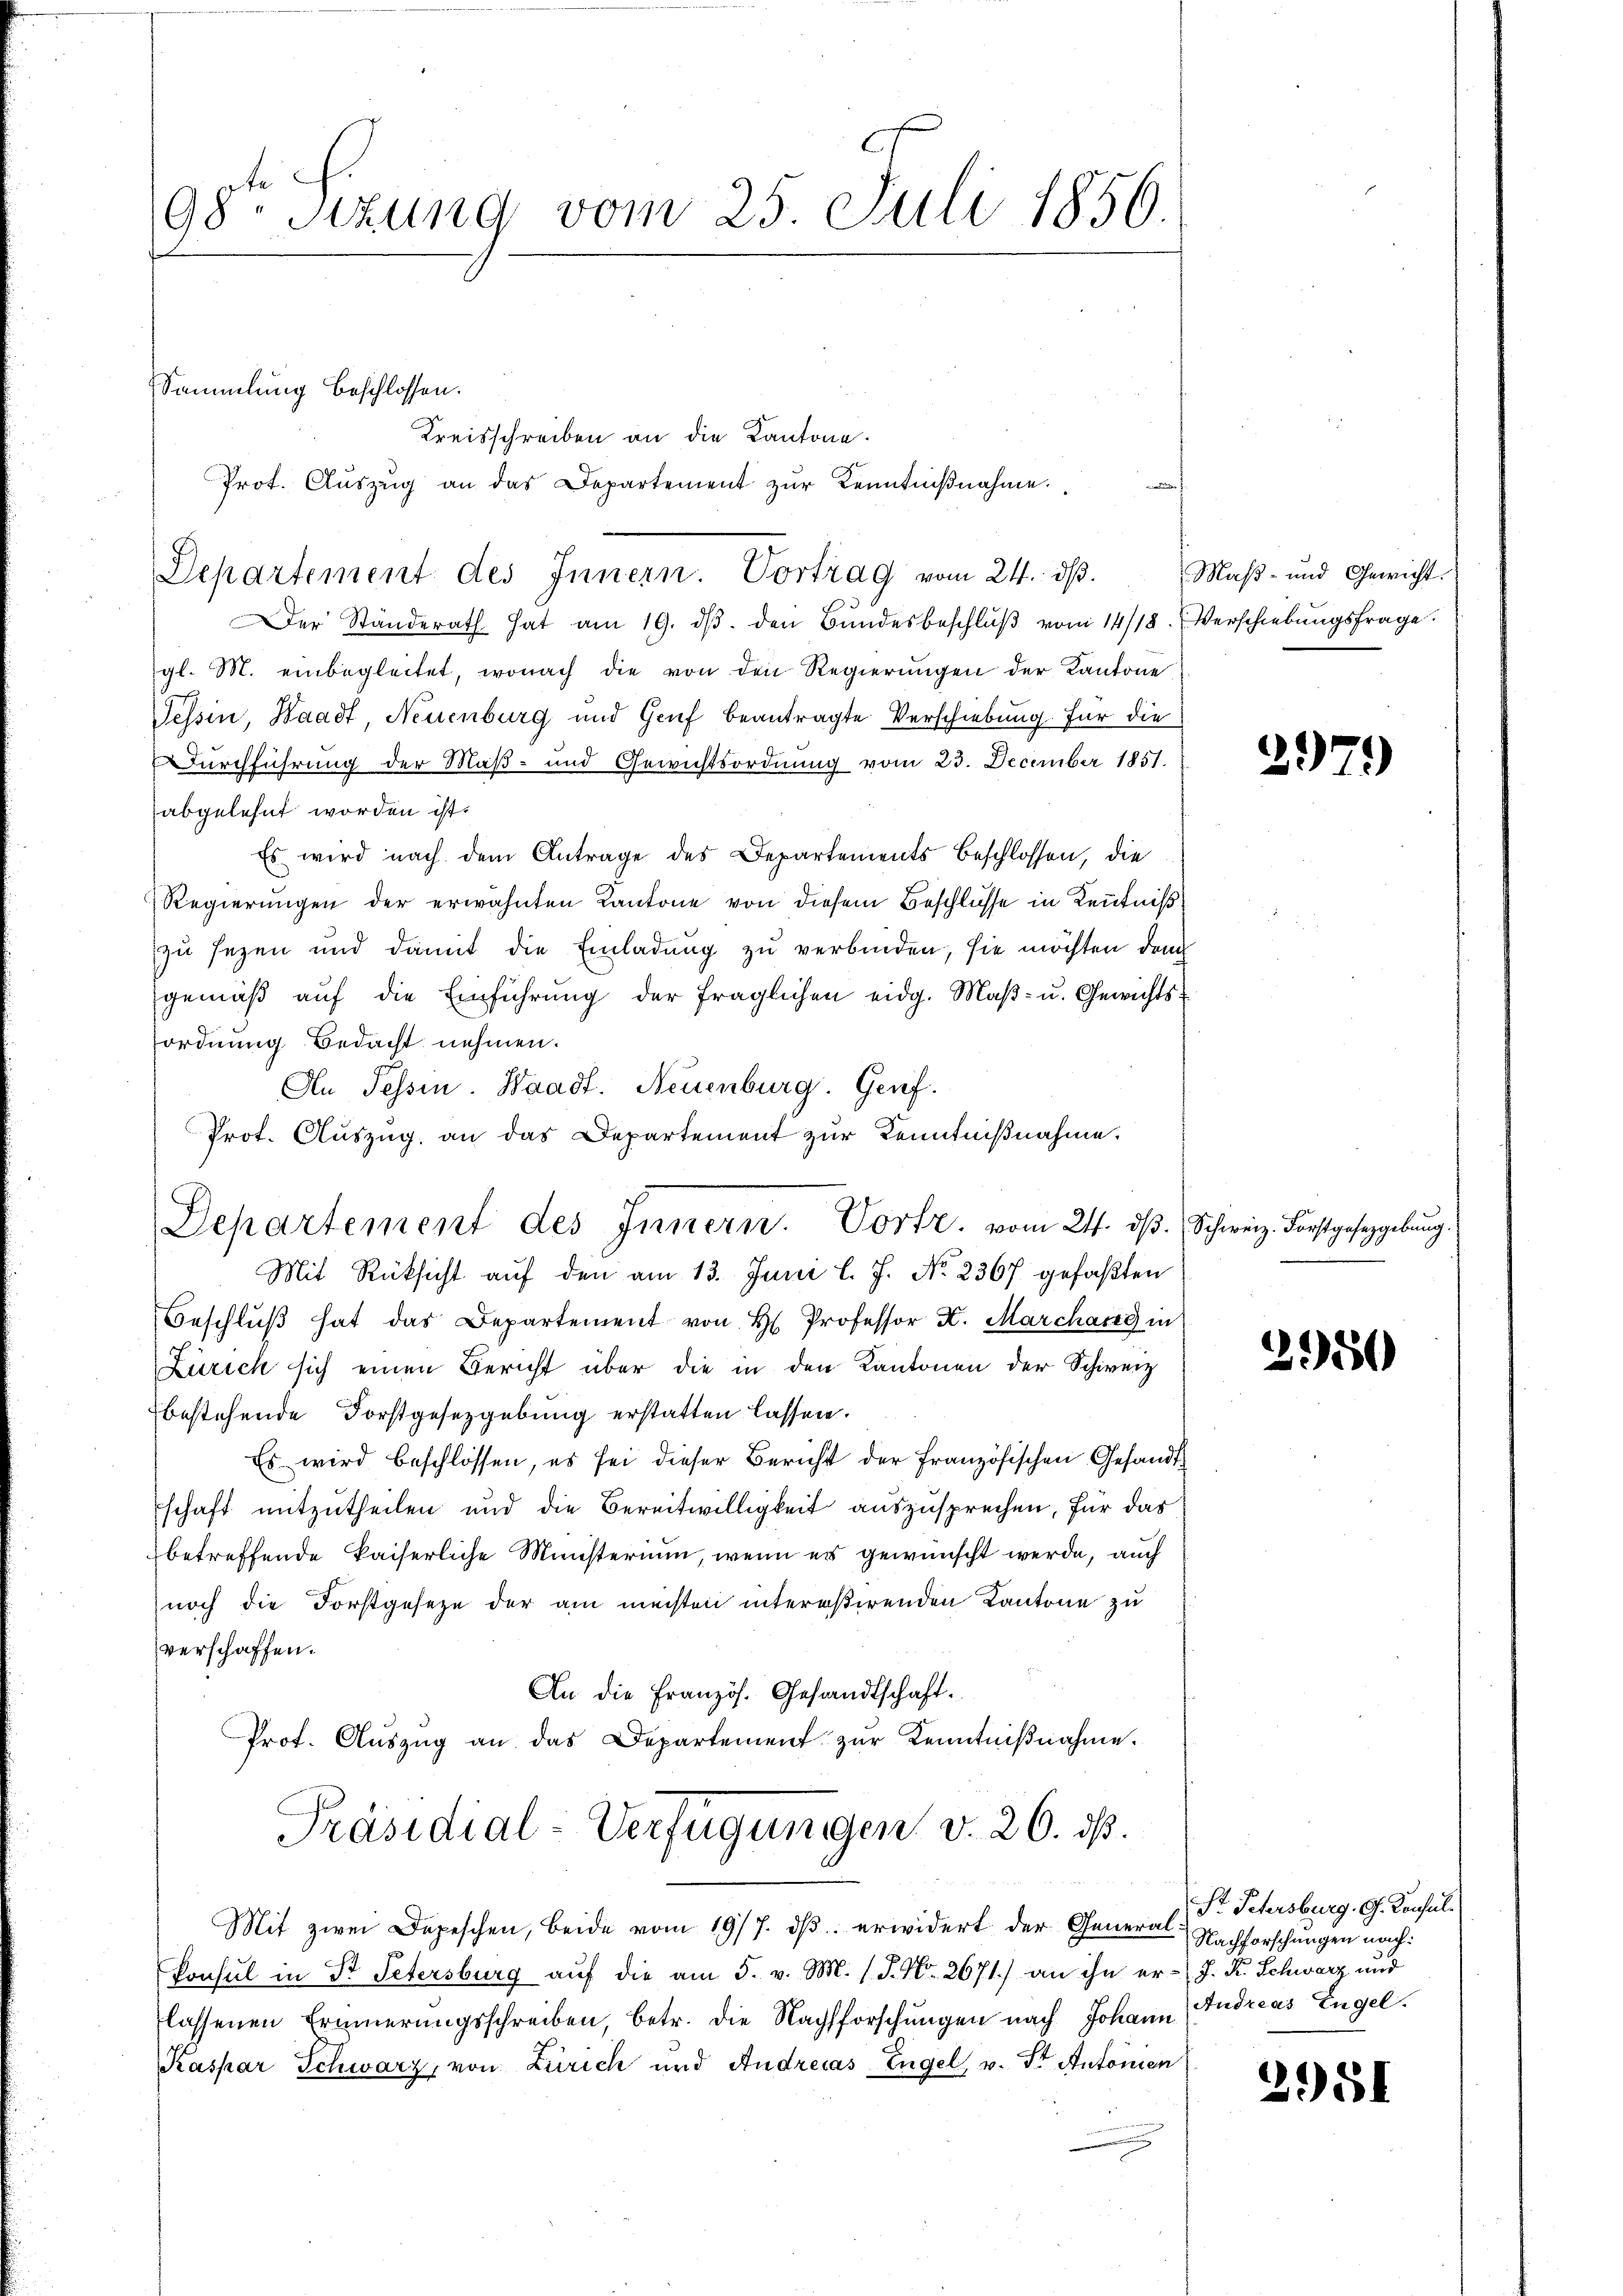
98. Sitzung vom 25. Juli 1856.

Sammlung beschlossen.

Kreisschreiben an die Kantone.
Prot. Aŭszŭg an das Departement zŭr Kenntniβnahme
Departement des Innern. Vortrag vom 24. dβ.
Der Ständerath hat am 19. dβ. den Bŭndesbeschlŭβ vom 14/18. Verschiebungsfrage.
gl. M. einbegleitet, wonach die von den Regierŭngen der Kantone
Tessin, Waadt, Neuenburg und Genf beantragte Verschiebung für die
Durchführung der Maß- und Gewichtsordnung vom 23. December 1851.
abgelehnt worden ist.
Es wird nach dem Antrage des Departements beschlossen, die
Regierŭngen der erwähnten Kantone von diesem Beschlüsse in Kenntniß
zu sezen und damit die Einladung zu verbinden, sie möchten den
gemäβ aŭf die Einführŭng der fraglichen eidg. Maβ- u. Gewichts-
ordnung Bedacht nehmen.
An Fessen. Waadt. Neuenburg. Genf.
Prot. Auszug an das Departement zur Kenntnißnahme.
Mit Rücksicht auf den am 13. Juni l. J. No. 2367 gefaßten
Beschlŭβ hat das Departement von H. Professor K. Marchang in
Zürich sich einen Bericht über die in den Kantonen der Schweiz
bestehende Forstgesetzgebung erstatten lassen.
Es wird beschlossen, es sei dieser Bericht der Französischen Gesandtschaft mitzutheilen und die Bereitwilligkeit auszusprechen, für das
betreffende kaiserliche Ministerium, wenn es gewünscht werde, auch
noch die Forstgesetze der am meisten intereßirenden Kantone zu
verschaffen.
An die Französ. Gesandtschaft.
Prof. Aŭszŭg an das Departement zur Kenntniβnahme.
Präsidial-Verfügungen v. 26. ds.
Mit zwei Depeschen, beide vom 19/7. dβ. erwidert der General-Nachforschungen nach:
Konsul in Dr Petersburg auf die am 5. v. M. (S. Nr. 2671) an ihn er- J. R. Schwarz und
lassenen Erinnerungsschreiben, betr. die Nachsforschungen nach Johann Andreas Engel.
Kaspar Schwarz, von Zürich und Andrecas-Engel, v. St. Antonien

Departement des Innern. Vorte. vom 24. dβ. Schweiz. Forstgesetzgebung.

Maß- und Gewicht.

2979

2950

St. Petersburg, G. Konsul

2951